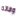
وفاته